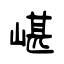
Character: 嵁